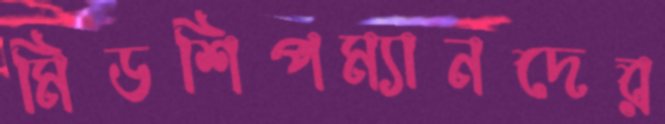
মিডশিপম্যানদের